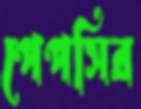
পেপসির